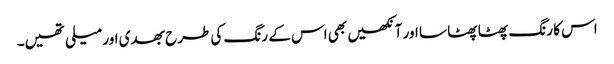
اس کا رنگ پھٹا پھٹا سا اور آنکھیں بھی اس کے رنگ کی طرح بھدی اور میلی تھیں۔